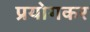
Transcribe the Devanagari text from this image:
प्रयोगकर